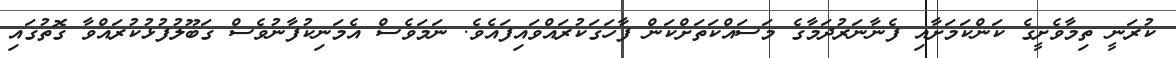
ކުރަނީ ތިމާވެށީގެ ކަންކަމަށާއި ފެނާނަރުދަމާގެ މަސައްކަތަށްކަން ފާހަގަކުރައްވައިފައެވެ. ނަމަވެސް އެމަނިކުފާނުވެސް ގަބޫލުފުޅުކުރައްވާ ގޮތުގައި